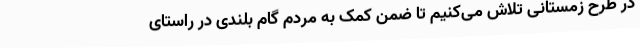
در طرح زمستانی تلاش می‌کنیم تا ضمن کمک به مردم گام بلندی در راستای